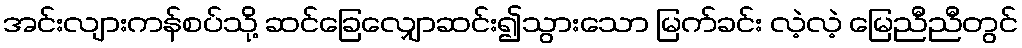
အင်းလျားကန်စပ်သို့ ဆင်ခြေလျှောဆင်း၍သွားသော မြက်ခင်း လဲ့လဲ့ မြေညီညီတွင်